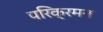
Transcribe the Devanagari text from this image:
परिक्रमन